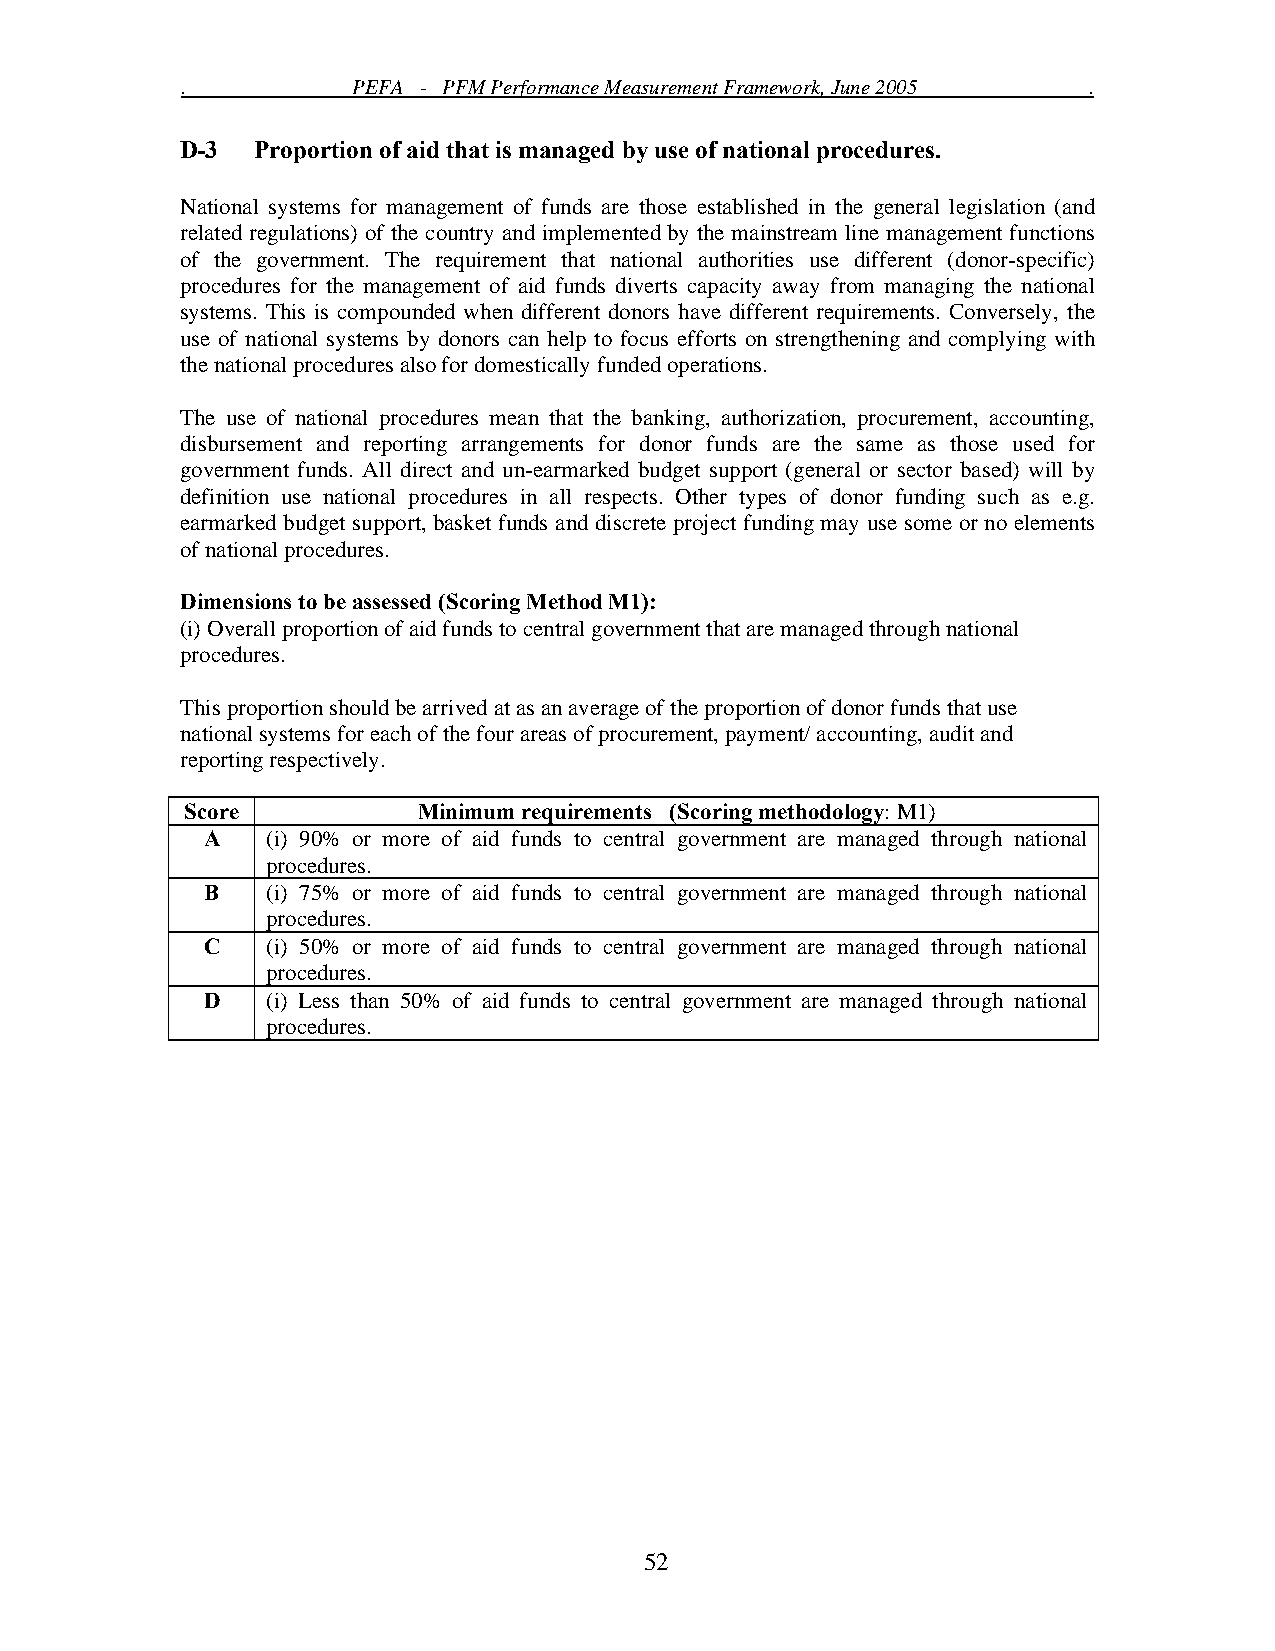
.          PEFA - PFM Performance Measurement Framework, June 2005 .
 D-3  Proportion of aid that is managed by use of national procedures.
 National systems for management of funds are those established in the general legislation (and
 related regulations) of the country and implemented by the mainstream line management functions
 of the government. The requirement that national authorities use different (donor-specific)
 procedures for the management of aid funds diverts capacity away from managing the national
 systems. This is compounded when different donors have different requirements. Conversely, the
 use of national systems by donors can help to focus efforts on strengthening and complying with
 the national procedures also for domestically funded operations.
 The use of national procedures mean that the banking, authorization, procurement, accounting,
 disbursement and reporting arrangements for donor funds are the same as those used for
 government funds. All direct and un-earmarked budget support (general or sector based) will by
 definition use national procedures in all respects. Other types of donor funding such as e.g.
 earmarked budget support, basket funds and discrete project funding may use some or no elements
 of national procedures.
 Dimensions to be assessed (Scoring Method M1):
 (i) Overall proportion of aid funds to central government that are managed through national
 procedures.
 This proportion should be arrived at as an average of the proportion of donor funds that use
 national systems for each of the four areas of procurement, payment/ accounting, audit and
 reporting respectively.
 Score           Minimum requirements (Scoring methodology: M1)
 A    (i) 90% or more of aid funds to central government are managed through national
 procedures.
 B   (i) 75% or more of aid funds to central government are managed through national
 procedures.
 C    (i) 50% or more of aid funds to central government are managed through national
 procedures.
 D    (i) Less than 50% of aid funds to central government are managed through national
 procedures.
 52